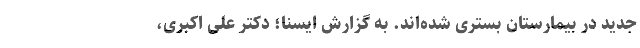
جدید در بیمارستان بستری شده‌اند. به گزارش ایسنا؛ دکتر علی اکبری،